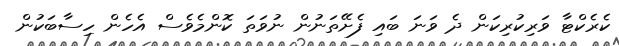
ކެރެކްޓާ ވަރިކުރިކަން ދެ ވަނަ ބައި ފެށޭތަނުން ނުވަތަ ކޮންމެވެސް އެހެން ހިސާބަކުން